Vaccination North-Western Provinces and Oudh 1878-1895 - 1878-1895
Year: 1878
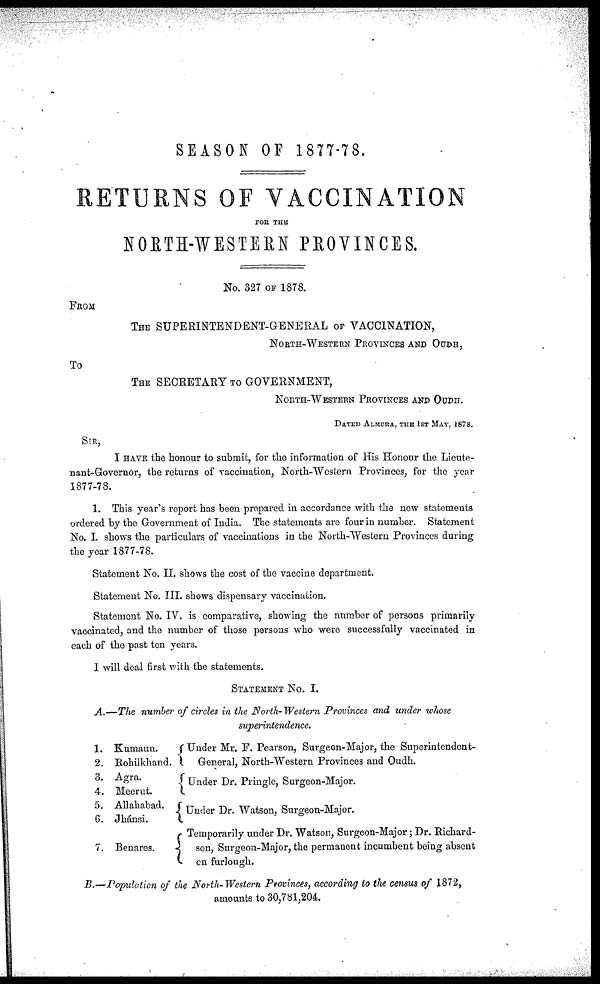
SEASON OF 1877-78.
RETURNS OF VACCINATION
FOR THE
NORTH-WESTERN PROVINCES.
No. 327 OF 1878.
FROM
THE SUPERINTENDENT-GENERAL OF VACCINATION,
NORTH-WESTERN PROVINCES AND OUDH,
To
THE SECRETARY TO GOVERNMENT,
NORTH-WESTERN PROVINCES AND OUDH.
DATED ALMORA, THE 1ST MAY, 1878.
SIR,
I HAVE the honour to submit, for the information of His Honour the Lieute-
nant-Governor, the returns of vaccination, North-Western Provinces, for the year
1877-78.
1. This year's report has been prepared in accordance with the new statements
ordered by the Government of India. The statements are four in number. Statement
No. I. shows the particulars of vaccinations in the North-Western Provinces during
the year 1877-78.
Statement No. II. shows the cost of the vaccine department.
Statement No. III. shows dispensary vaccination.
Statement No. IV. is comparative, showing the number of persons primarily
vaccinated, and the number of those persons who were successfully vaccinated in
each of the past ten years.
I will deal first with the statements.
STATEMENT No. I.
A.—The number of circles in the North-Western Provinces and under whose
superintendence.
1.
2.
3.
4.
5.
6.
7.
Kumaun.
Rohilkhand.
Agra.
Meerut.
Allahabad.
Jhánsi.
Benares.
Under Mr. F. Pearson, Surgeon-Major, the Superintendent-
General, North-Western Provinces and Oudh.
Under Dr. Pringle, Surgeon-Major.
Under Dr. Watson, Surgeon-Major.
Temporarily under Dr. Watson, Surgeon-Major ; Dr. Richard-
son, Surgeon-Major, the permanent incumbent being absent
on furlough.
B.—Population of the North-Western Provinces, according to the census of 1872,
amounts to 30,781,204.